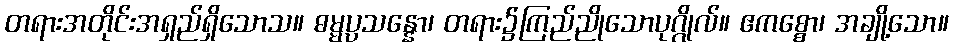
တရားအတိုင်းအရှည်ရှိသောသ။ ဓမ္မပ္ပသန္နော၊ တရား၌ကြည်ညိုသောပုဂ္ဂိုလ်။ ဧကစ္စော၊ အချို့သော။